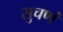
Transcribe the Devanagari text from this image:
सुचणं